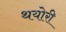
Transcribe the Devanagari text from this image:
थयोरी